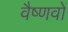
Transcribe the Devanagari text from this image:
वैष्‍णवों